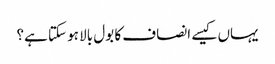
یہاں کیسے انصاف کا بول بالا ہو سکتا ہے؟